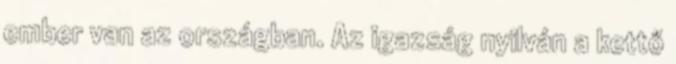
ember van az országban. Az igazság nyilván a kettő